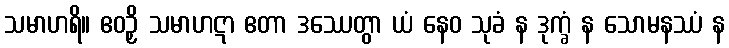
သမာဟရိ။ ဧဝဉှိ သမာဟဋာ ဧတာ ဒဿေတွာ ယံ နေဝ သုခံ န ဒုက္ခံ န သောမနဿံ န